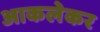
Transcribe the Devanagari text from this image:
आकलेकर